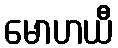
မောဟယီ